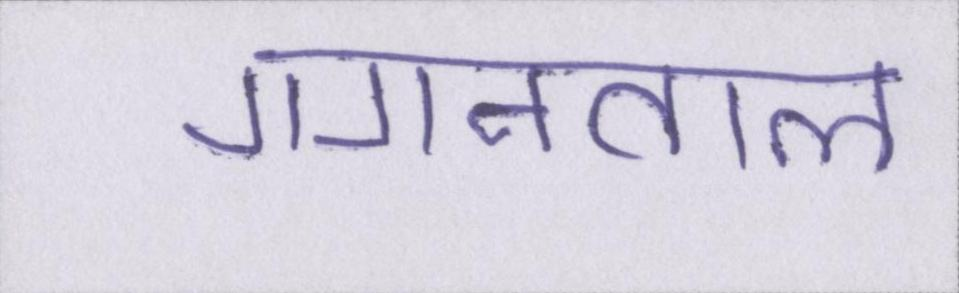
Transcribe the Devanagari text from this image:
गगनताल